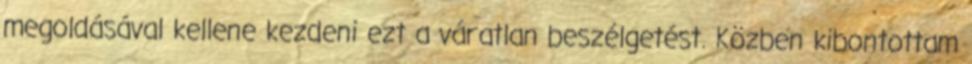
megoldásával kellene kezdeni ezt a váratlan beszélgetést. Közben kibontottam